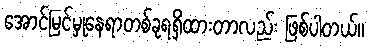
အောင်မြင်မှုနေရာတစ်ခုရရှိထားတာလည်း ဖြစ်ပါတယ်။